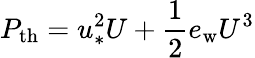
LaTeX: P_{\mathrm{th}}=u_{*}^{2}U+\frac{1}{2}e_{\mathrm{w}}U^{3}